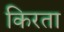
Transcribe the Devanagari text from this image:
किरता